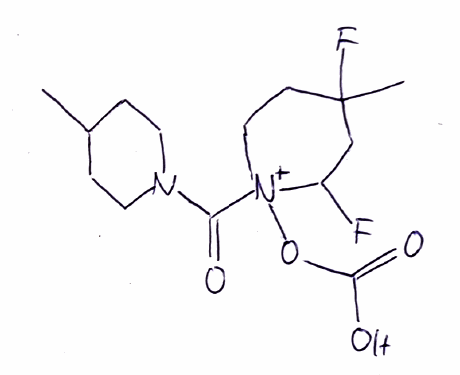
Simplified molecular-input line-entry system (SMILES) notation of the given molecule:
CC1CCN(CC1)C(=O)[N+]2(CCC(CC2F)(C)F)OC(=O)O